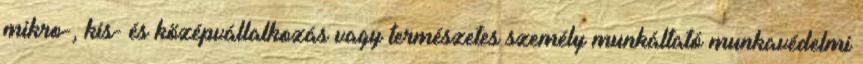
mikro-, kis- és középvállalkozás vagy természetes személy munkáltató munkavédelmi